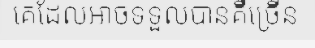
គេដែលអាចទទួលបានគឺច្រើន